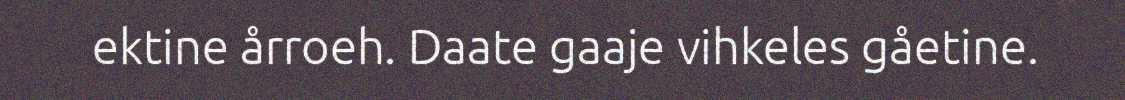
ektine årroeh. Daate gaaje vihkeles gåetine.